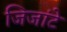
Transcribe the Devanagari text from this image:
जिजांटे